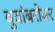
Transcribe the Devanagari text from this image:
बुवांबरोबर